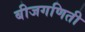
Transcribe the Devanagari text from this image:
बीजगणिती